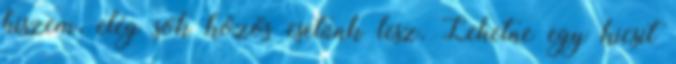
hiszem, elég sok közös esetünk lesz. Lehetne egy kicsit